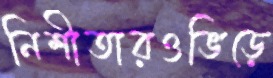
নিশীতারওভিড়ে